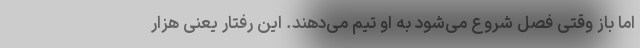
اما باز وقتی فصل شروع می‌شود به او تیم می‌دهند. این رفتار یعنی هزار